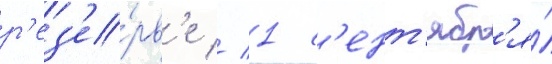
р'ез'е́рв'е // 1 с'ент'ябр'я́